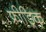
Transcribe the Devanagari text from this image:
फ़्रीड्रिक